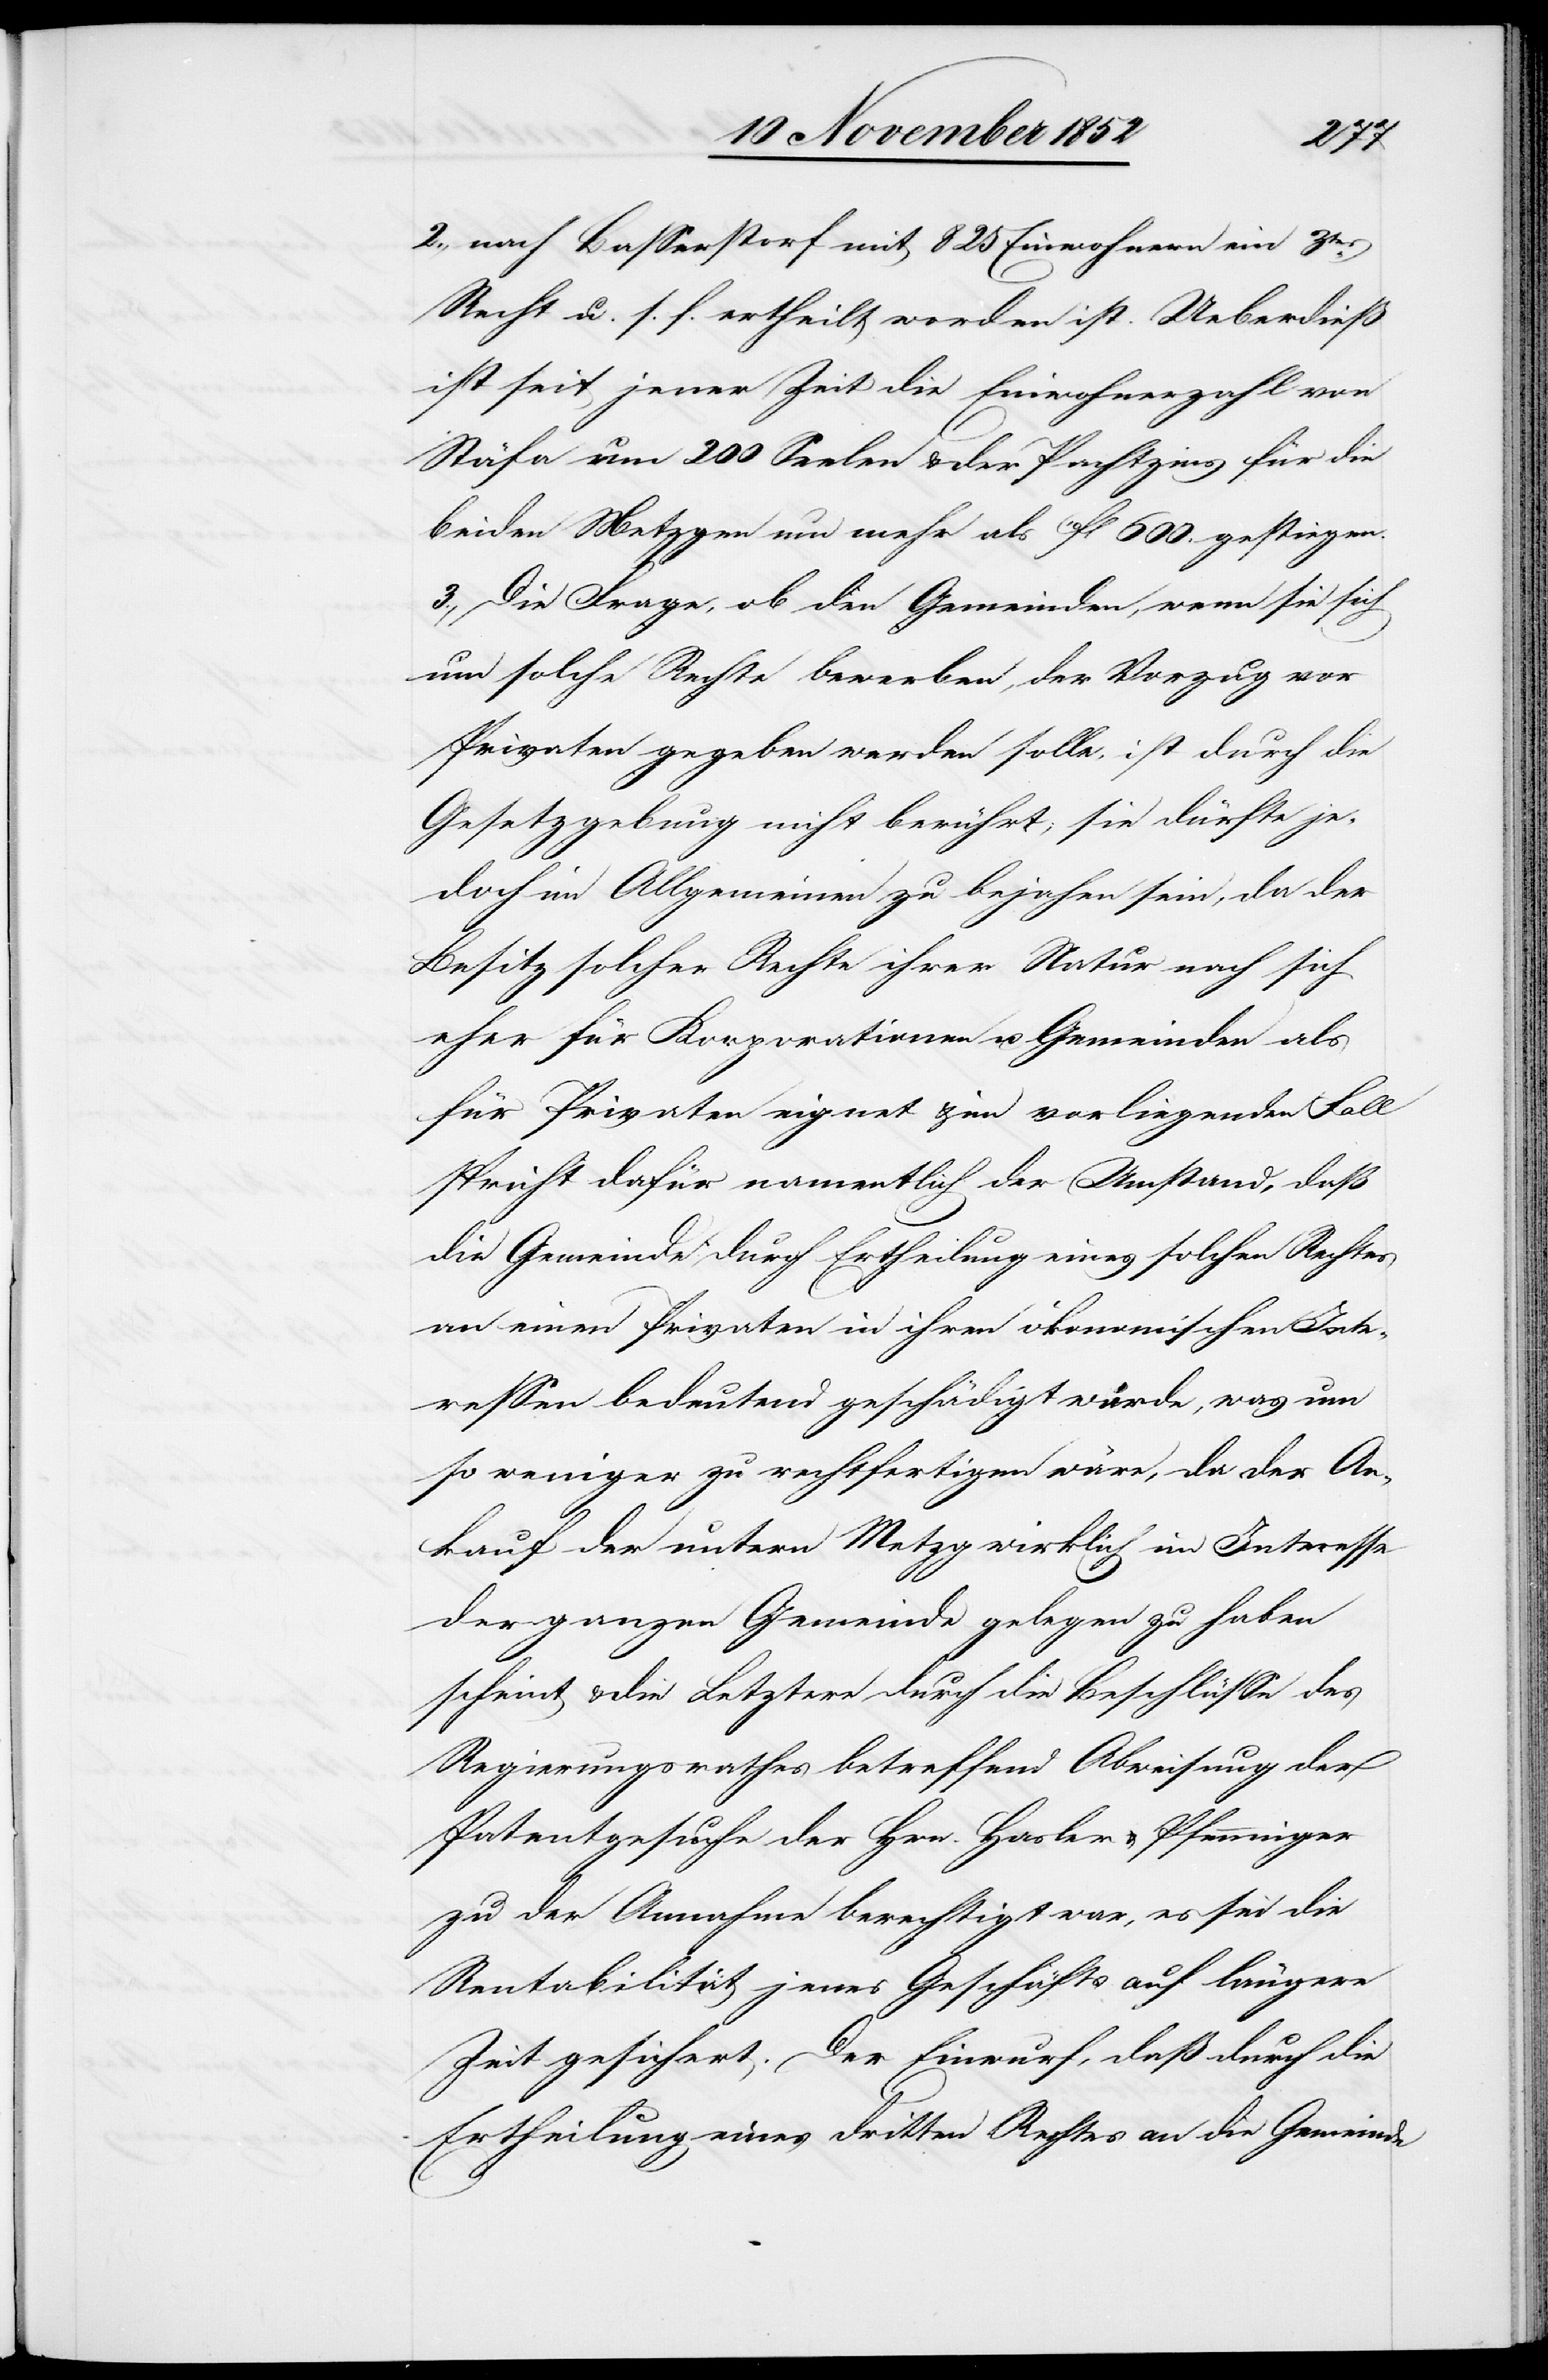
2., nach Basserstorf mit 825 Einwohnern ein 3tes.
Recht u. s. f. ertheilt worden ist. Ueberdieß
ist seit jener Zeit die Einwohnerzahl von
Stäfa um 200 Seelen & der Pachtzins für die
beiden Metzgen um mehr als 10fl 600. gestiegen.
3., Die Frage, ob den Gemeinden, wenn sie sich
um solche Rechte bewerben, der Vorzug vor
Privaten gegeben werden solle, ist durch die
Gesetzgebung nicht berührt; sie dürfte je¬
doch im Allgemeinen zu bejahen sein, da der
Besitz solcher Rechte ihrer Natur nach sich
eher für Korporationen u. Gemeinden als
für Privaten eignet & im vorliegenden Fall
spricht dafür namentlich der Umstand, daß
die Gemeinde durch Ertheilung eines solchen Rechtes
an einen Privaten in ihren ökonomischen Inte¬
ressen bedeutend geschädigt würde, was um
so weniger zu rechtfertigen wäre, da der An¬
kauf der untern Metzg wirklich im Interesse
der ganzen Gemeinde gelegen zu haben
scheint & die Letztere durch die Beschlüsse des
Regierungsrathes betreffend Abweisung der
Patentgesuche der Hrn. Hasler & Pfenninger
zu der Annahme berechtigt war, es sei die
Rentabilität jenes Geschäfts auf längere
Zeit gesichert. Der Einwurf, daß durch die
Ertheilung eines dritten Rechtes an die Gemeinde